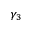
\gamma _ { 3 }